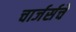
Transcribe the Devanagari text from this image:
चार्जर्सचे